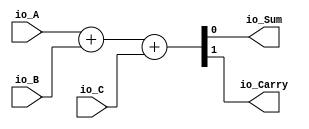
module fulladder(
  input   io_A,
  input   io_B,
  input   io_C,
  output  io_Sum,
  output  io_Carry
);
  wire [1:0] _s1_T = {1'h0,io_A}; // @[Cat.scala 33:92]
  wire [1:0] _s1_T_1 = {1'h0,io_B}; // @[Cat.scala 33:92]
  wire [1:0] _s1_T_3 = _s1_T + _s1_T_1; // @[fulladder.scala 18:23]
  wire [1:0] _s1_T_4 = {1'h0,io_C}; // @[Cat.scala 33:92]
  wire [1:0] s1 = _s1_T_3 + _s1_T_4; // @[fulladder.scala 18:39]
  assign io_Sum = s1[0]; // @[fulladder.scala 19:15]
  assign io_Carry = s1[1]; // @[fulladder.scala 20:17]
endmodule
module rca(
  input  [3:0] io_A,
  input  [3:0] io_B,
  input        io_C,
  output [3:0] io_Sum,
  output       io_Carry
);
  wire  fa1_io_A; // @[rca.scala 17:19]
  wire  fa1_io_B; // @[rca.scala 17:19]
  wire  fa1_io_C; // @[rca.scala 17:19]
  wire  fa1_io_Sum; // @[rca.scala 17:19]
  wire  fa1_io_Carry; // @[rca.scala 17:19]
  wire  fa2_io_A; // @[rca.scala 18:19]
  wire  fa2_io_B; // @[rca.scala 18:19]
  wire  fa2_io_C; // @[rca.scala 18:19]
  wire  fa2_io_Sum; // @[rca.scala 18:19]
  wire  fa2_io_Carry; // @[rca.scala 18:19]
  wire  fa3_io_A; // @[rca.scala 19:19]
  wire  fa3_io_B; // @[rca.scala 19:19]
  wire  fa3_io_C; // @[rca.scala 19:19]
  wire  fa3_io_Sum; // @[rca.scala 19:19]
  wire  fa3_io_Carry; // @[rca.scala 19:19]
  wire  fa4_io_A; // @[rca.scala 20:19]
  wire  fa4_io_B; // @[rca.scala 20:19]
  wire  fa4_io_C; // @[rca.scala 20:19]
  wire  fa4_io_Sum; // @[rca.scala 20:19]
  wire  fa4_io_Carry; // @[rca.scala 20:19]
  wire [1:0] io_Sum_lo = {fa2_io_Sum,fa1_io_Sum}; // @[Cat.scala 33:92]
  wire [1:0] io_Sum_hi = {fa4_io_Sum,fa3_io_Sum}; // @[Cat.scala 33:92]
  fulladder fa1 ( // @[rca.scala 17:19]
    .io_A(fa1_io_A),
    .io_B(fa1_io_B),
    .io_C(fa1_io_C),
    .io_Sum(fa1_io_Sum),
    .io_Carry(fa1_io_Carry)
  );
  fulladder fa2 ( // @[rca.scala 18:19]
    .io_A(fa2_io_A),
    .io_B(fa2_io_B),
    .io_C(fa2_io_C),
    .io_Sum(fa2_io_Sum),
    .io_Carry(fa2_io_Carry)
  );
  fulladder fa3 ( // @[rca.scala 19:19]
    .io_A(fa3_io_A),
    .io_B(fa3_io_B),
    .io_C(fa3_io_C),
    .io_Sum(fa3_io_Sum),
    .io_Carry(fa3_io_Carry)
  );
  fulladder fa4 ( // @[rca.scala 20:19]
    .io_A(fa4_io_A),
    .io_B(fa4_io_B),
    .io_C(fa4_io_C),
    .io_Sum(fa4_io_Sum),
    .io_Carry(fa4_io_Carry)
  );
  assign io_Sum = {io_Sum_hi,io_Sum_lo}; // @[Cat.scala 33:92]
  assign io_Carry = fa4_io_Carry; // @[rca.scala 37:12]
  assign fa1_io_A = io_A[0]; // @[rca.scala 22:19]
  assign fa1_io_B = io_B[0]; // @[rca.scala 23:19]
  assign fa1_io_C = io_C; // @[rca.scala 24:12]
  assign fa2_io_A = io_A[1]; // @[rca.scala 26:19]
  assign fa2_io_B = io_B[1]; // @[rca.scala 27:19]
  assign fa2_io_C = fa1_io_Carry; // @[rca.scala 28:12]
  assign fa3_io_A = io_A[2]; // @[rca.scala 30:19]
  assign fa3_io_B = io_B[2]; // @[rca.scala 31:19]
  assign fa3_io_C = fa2_io_Carry; // @[rca.scala 32:12]
  assign fa4_io_A = io_A[3]; // @[rca.scala 34:19]
  assign fa4_io_B = io_B[3]; // @[rca.scala 35:19]
  assign fa4_io_C = fa3_io_Carry; // @[rca.scala 36:12]
endmodule
module bcaserial(
  input  [3:0] io_A,
  input  [3:0] io_B,
  input        io_C,
  output [3:0] io_Sum,
  output       io_Carry
);
  wire [3:0] rca1_io_A; // @[bcaserial.scala 17:20]
  wire [3:0] rca1_io_B; // @[bcaserial.scala 17:20]
  wire  rca1_io_C; // @[bcaserial.scala 17:20]
  wire [3:0] rca1_io_Sum; // @[bcaserial.scala 17:20]
  wire  rca1_io_Carry; // @[bcaserial.scala 17:20]
  wire [3:0] rca2_io_A; // @[bcaserial.scala 18:20]
  wire [3:0] rca2_io_B; // @[bcaserial.scala 18:20]
  wire  rca2_io_C; // @[bcaserial.scala 18:20]
  wire [3:0] rca2_io_Sum; // @[bcaserial.scala 18:20]
  wire  rca2_io_Carry; // @[bcaserial.scala 18:20]
  wire [3:0] rca1_sum = rca1_io_Sum; // @[bcaserial.scala 20:22 30:12]
  wire  and1 = rca1_sum[3] & rca1_sum[2]; // @[bcaserial.scala 33:23]
  wire  and2 = rca1_sum[3] & rca1_sum[1]; // @[bcaserial.scala 34:23]
  wire  rca1_carry = rca1_io_Carry; // @[bcaserial.scala 21:24 31:14]
  wire  or1 = and1 | and2 | rca1_carry; // @[bcaserial.scala 35:22]
  wire [1:0] second_input_lo = {or1,1'h0}; // @[Cat.scala 33:92]
  wire [1:0] second_input_hi = {1'h0,or1}; // @[Cat.scala 33:92]
  rca rca1 ( // @[bcaserial.scala 17:20]
    .io_A(rca1_io_A),
    .io_B(rca1_io_B),
    .io_C(rca1_io_C),
    .io_Sum(rca1_io_Sum),
    .io_Carry(rca1_io_Carry)
  );
  rca rca2 ( // @[bcaserial.scala 18:20]
    .io_A(rca2_io_A),
    .io_B(rca2_io_B),
    .io_C(rca2_io_C),
    .io_Sum(rca2_io_Sum),
    .io_Carry(rca2_io_Carry)
  );
  assign io_Sum = rca2_io_Sum; // @[bcaserial.scala 41:10]
  assign io_Carry = and1 | and2 | rca1_carry; // @[bcaserial.scala 35:22]
  assign rca1_io_A = io_A; // @[bcaserial.scala 27:13]
  assign rca1_io_B = io_B; // @[bcaserial.scala 28:13]
  assign rca1_io_C = io_C; // @[bcaserial.scala 29:13]
  assign rca2_io_A = {second_input_hi,second_input_lo}; // @[Cat.scala 33:92]
  assign rca2_io_B = rca1_io_Sum; // @[bcaserial.scala 20:22 30:12]
  assign rca2_io_C = 1'h0; // @[bcaserial.scala 40:13]
endmodule
module bcaparallel(
  input         clock,
  input         reset,
  input  [15:0] io_A,
  input  [15:0] io_B,
  input         io_C,
  output [15:0] io_Sum,
  output        io_Carry
);
  wire [3:0] bca1_io_A; // @[bcaparallel.scala 17:20]
  wire [3:0] bca1_io_B; // @[bcaparallel.scala 17:20]
  wire  bca1_io_C; // @[bcaparallel.scala 17:20]
  wire [3:0] bca1_io_Sum; // @[bcaparallel.scala 17:20]
  wire  bca1_io_Carry; // @[bcaparallel.scala 17:20]
  wire [3:0] bca2_io_A; // @[bcaparallel.scala 18:20]
  wire [3:0] bca2_io_B; // @[bcaparallel.scala 18:20]
  wire  bca2_io_C; // @[bcaparallel.scala 18:20]
  wire [3:0] bca2_io_Sum; // @[bcaparallel.scala 18:20]
  wire  bca2_io_Carry; // @[bcaparallel.scala 18:20]
  wire [3:0] bca3_io_A; // @[bcaparallel.scala 19:20]
  wire [3:0] bca3_io_B; // @[bcaparallel.scala 19:20]
  wire  bca3_io_C; // @[bcaparallel.scala 19:20]
  wire [3:0] bca3_io_Sum; // @[bcaparallel.scala 19:20]
  wire  bca3_io_Carry; // @[bcaparallel.scala 19:20]
  wire [3:0] bca4_io_A; // @[bcaparallel.scala 20:20]
  wire [3:0] bca4_io_B; // @[bcaparallel.scala 20:20]
  wire  bca4_io_C; // @[bcaparallel.scala 20:20]
  wire [3:0] bca4_io_Sum; // @[bcaparallel.scala 20:20]
  wire  bca4_io_Carry; // @[bcaparallel.scala 20:20]
  wire [3:0] sum2 = bca2_io_Sum; // @[bcaparallel.scala 25:18 41:8]
  wire [3:0] sum1 = bca1_io_Sum; // @[bcaparallel.scala 24:18 33:8]
  wire [7:0] io_Sum_lo = {sum2,sum1}; // @[Cat.scala 33:92]
  wire [3:0] sum4 = bca4_io_Sum; // @[bcaparallel.scala 27:18 54:8]
  wire [3:0] sum3 = bca3_io_Sum; // @[bcaparallel.scala 26:18 48:8]
  wire [7:0] io_Sum_hi = {sum4,sum3}; // @[Cat.scala 33:92]
  bcaserial bca1 ( // @[bcaparallel.scala 17:20]
    .io_A(bca1_io_A),
    .io_B(bca1_io_B),
    .io_C(bca1_io_C),
    .io_Sum(bca1_io_Sum),
    .io_Carry(bca1_io_Carry)
  );
  bcaserial bca2 ( // @[bcaparallel.scala 18:20]
    .io_A(bca2_io_A),
    .io_B(bca2_io_B),
    .io_C(bca2_io_C),
    .io_Sum(bca2_io_Sum),
    .io_Carry(bca2_io_Carry)
  );
  bcaserial bca3 ( // @[bcaparallel.scala 19:20]
    .io_A(bca3_io_A),
    .io_B(bca3_io_B),
    .io_C(bca3_io_C),
    .io_Sum(bca3_io_Sum),
    .io_Carry(bca3_io_Carry)
  );
  bcaserial bca4 ( // @[bcaparallel.scala 20:20]
    .io_A(bca4_io_A),
    .io_B(bca4_io_B),
    .io_C(bca4_io_C),
    .io_Sum(bca4_io_Sum),
    .io_Carry(bca4_io_Carry)
  );
  assign io_Sum = {io_Sum_hi,io_Sum_lo}; // @[Cat.scala 33:92]
  assign io_Carry = bca4_io_Carry; // @[bcaparallel.scala 53:12]
  assign bca1_io_A = io_A[3:0]; // @[bcaparallel.scala 29:20]
  assign bca1_io_B = io_B[3:0]; // @[bcaparallel.scala 30:20]
  assign bca1_io_C = io_C; // @[bcaparallel.scala 31:13]
  assign bca2_io_A = io_A[7:4]; // @[bcaparallel.scala 37:20]
  assign bca2_io_B = io_B[7:4]; // @[bcaparallel.scala 38:20]
  assign bca2_io_C = bca1_io_Carry; // @[bcaparallel.scala 21:20 32:10]
  assign bca3_io_A = io_A[11:8]; // @[bcaparallel.scala 44:20]
  assign bca3_io_B = io_B[11:8]; // @[bcaparallel.scala 45:20]
  assign bca3_io_C = bca2_io_Carry; // @[bcaparallel.scala 22:20 40:10]
  assign bca4_io_A = io_A[15:12]; // @[bcaparallel.scala 50:20]
  assign bca4_io_B = io_B[15:12]; // @[bcaparallel.scala 51:20]
  assign bca4_io_C = bca3_io_Carry; // @[bcaparallel.scala 23:20 47:10]
endmodule